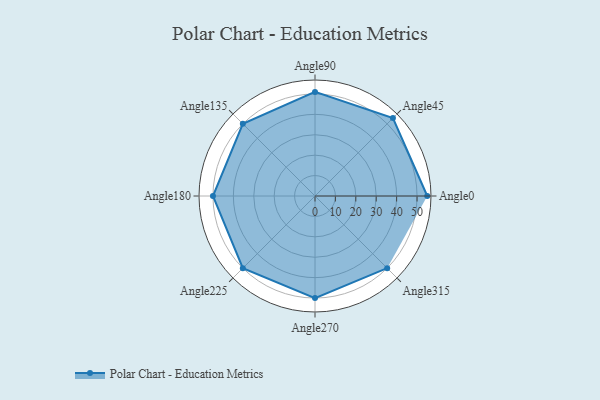
{"axis": {"x": "Angle", "y": "Radius"}, "legend": [""], "data": [{"x": "Angle0", "y": 55.0, "type": ""}, {"x": "Angle45", "y": 54.0, "type": ""}, {"x": "Angle90", "y": 51.0, "type": ""}, {"x": "Angle135", "y": 50, "type": ""}, {"x": "Angle180", "y": 50, "type": ""}, {"x": "Angle225", "y": 50, "type": ""}, {"x": "Angle270", "y": 50, "type": ""}, {"x": "Angle315", "y": 50, "type": ""}]}